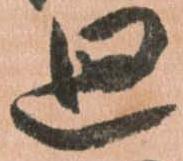
廻